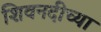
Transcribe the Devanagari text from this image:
शिवनदीच्या